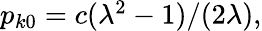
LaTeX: \begin{array}{r}{p_{k0}=c(\lambda^{2}-1)/(2\lambda),}\end{array}